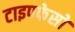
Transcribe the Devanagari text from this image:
टाइपफेसों